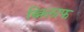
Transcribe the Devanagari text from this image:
ख्निलाफ